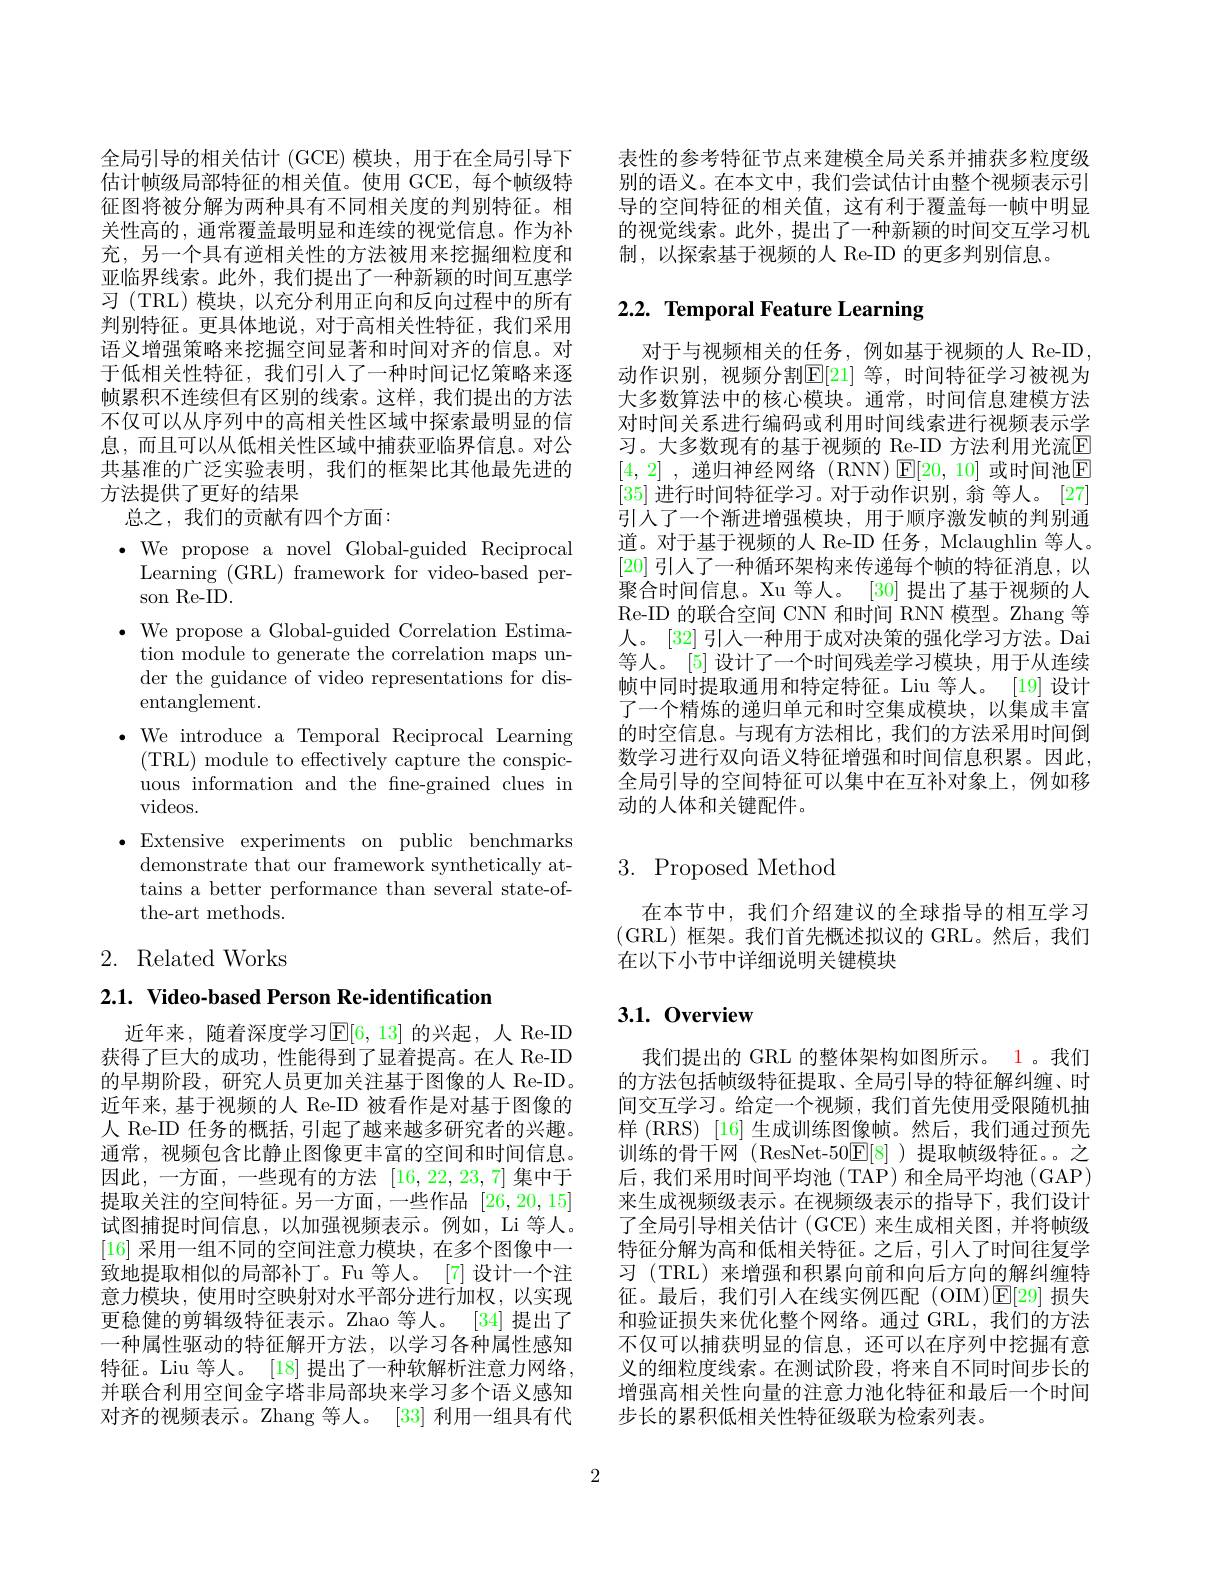
全局引导的相关估计 (GCE) 模块，用于在全局引导下估计帧级局部特征的相关值。使用 GCE,每个帧级特征图将被分解为两种具有不同相关度的判别特征。相关性高的，通常覆盖最明显和连续的视觉信息。作为补充，另一个具有逆相关性的方法被用来挖掘细粒度和亚临界线索。此外，我们提出了一种新颖的时间互惠学习 (TRL) 模块，以充分利用正向和反向过程中的所有判别特征。更具体地说，对于高相关性特征，我们采用语义增强策略来挖掘空间显著和时间对齐的信息。对于低相关性特征，我们引人了一种时间记忆策略来逐帧累积不连续但有区别的线索。这样，我们提出的方法不仅可以从序列中的高相关性区域中探索最明显的信息，而且可以从低相关性区域中捕获亚临界信息。对公共基准的广泛实验表明，我们的框架比其他最先进的方法提供了更好的结果
总之，我们的贡献有四个方面：

$\bullet$ We propose a novel Global-guided Reciprocal
Learning (GRL) framework for video-based per-
son Re-ID.
$\cdot$ We propose a Global-guided Correlation Estima-
tion module to generate the correlation maps under the guidance of video representations for disentanglement.
$\bullet$ We introduce a Temporal Reciprocal Learning
(TRL) module to effectively capture the conspicuous information and the fne-grained clues in videos.
$\bullet$ Extensive experiments on public benchmarks
demonstrate that our framework synthetically attains a better performance than several state-ofthe-art methods.

# 2. Related Works

2.1. Video-based Person Re-identification

近年来，随着深度学习$\mathbb{E}[6,13]$ 的兴起，人 Re-ID 获得了巨大的成功，性能得到了显着提高。在人 Re-ID 的早期阶段，研究人员更加关注基于图像的人 Re-ID。近年来，基于视频的人 Re-ID 被看作是对基于图像的人 Re-ID 任务的概括，引起了越来越多研究者的兴趣。通常，视频包含比静止图像更丰富的空间和时间信息。因此，一方面，一些现有的方法[16,22,23,7]集中于提取关注的空间特征。另一方面，一些作品[26,20,15] 试图捕捉时间信息，以加强视频表示。例如，Li 等人。[16]采用一组不同的空间注意力模块，在多个图像中一致地提取相似的局部补丁。Fu 等人。[7] 设计一个注意力模块，使用时空映射对水平部分进行加权，以实现更稳健的剪辑级特征表示。Zhao 等人。[34] 提出了一种属性驱动的特征解开方法，以学习各种属性感知特征。Liu 等人。[18] 提出了一种软解析注意力网络， 并联合利用空间金字塔非局部块来学习多个语义感知对齐的视频表示。Zhang 等人。[33] 利用一组具有代

表性的参考特征节点来建模全局关系并捕获多粒度级别的语义。在本文中，我们尝试估计由整个视频表示引导的空间特征的相关值，这有利于覆盖每一帧中明显的视觉线索。此外，提出了一种新颖的时间交互学习机制，以探索基于视频的人 Re-ID 的更多判别信息。

# 2.2. Temporal Feature Learning

对于与视频相关的任务，例如基于视频的人 Re-ID 动作识别，视频分割$\mathbb{E}[21]$ 等，时间特征学习被视为大多数算法中的核心模块。通常，时间信息建模方法对时间关系进行编码或利用时间线索进行视频表示学习。大多数现有的基于视频的 Re-ID 方法利用光流$\boxed{\mathrm{E}}$ [4,2] , 递归神经网络(RNN)$\operatorname{E}[20,10]$ 或时间池$\operatorname{E}$ [35]进行时间特征学习。对于动作识别，翁 等人。[27] 引入了一个渐进增强模块，用于顺序激发帧的判别通道。对于基于视频的人 Re-ID 任务，Mclaughlin 等人。[20]引人了一种循环架构来传递每个帧的特征消息，以聚合时间信息。Xu 等人。[30]提出了基于视频的人Re-ID 的联合空间 CNN 和时间 RNN 模型。Zhang 等人。[32] 引入一种用于成对决策的强化学习方法。Dai 等人。[5] 设计了一个时间残差学习模块，用于从连续帧中同时提取通用和特定特征。Liu 等人。[19] 设计了一个精炼的递归单元和时空集成模块，以集成丰富的时空信息。与现有方法相比，我们的方法采用时间倒数学习进行双向语义特征增强和时间信息积累。因此， 全局引导的空间特征可以集中在互补对象上，例如移动的人体和关键配件。

# 3. Proposed Method

在本节中，我们介绍建议的全球指导的相互学习(GRL)框架。我们首先概述拟议的 GRL。然后，我们在以下小节中详细说明关键模块

## 3.1.0verview

我们提出的 GRL 的整体架构如图所示。1。我们的方法包括帧级特征提取、全局引导的特征解纠缠、时间交互学习。给定一个视频，我们首先使用受限随机抽样 (RRS) [16] 生成训练图像帧。然后，我们通过预先训练的骨干网(ResNet-50$\mathbb{E}[8]$)提取帧级特征。之后，我们采用时间平均池(TAP)和全局平均池(GAP) 来生成视频级表示。在视频级表示的指导下，我们设计了全局引导相关估计(GCE)来生成相关图，并将帧级特征分解为高和低相关特征。之后，引人了时间往复学习 (TRL) 来增强和积累向前和向后方向的解纠缠特征。最后，我们引人在线实例匹配(OIM)$\mathbb{E}[29]$损失和验证损失来优化整个网络。通过 GRL,我们的方法不仅可以捕获明显的信息，还可以在序列中挖掘有意义的细粒度线索。在测试阶段，将来自不同时间步长的增强高相关性向量的注意力池化特征和最后一个时间步长的累积低相关性特征级联为检索列表。

2